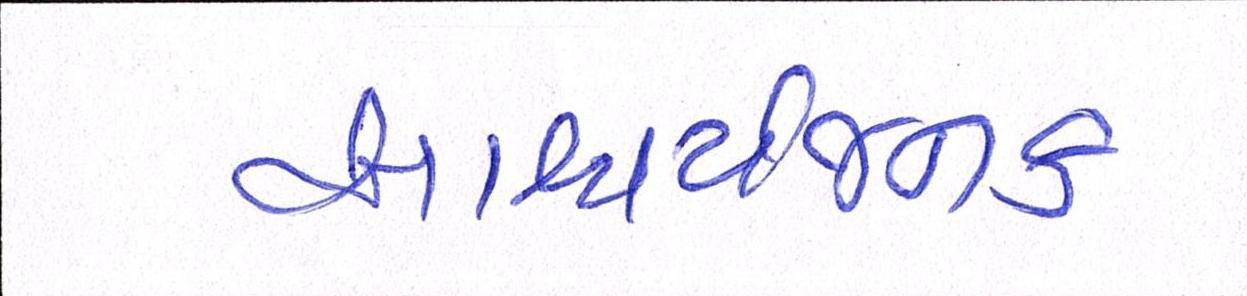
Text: આશ્ચર્યજનક